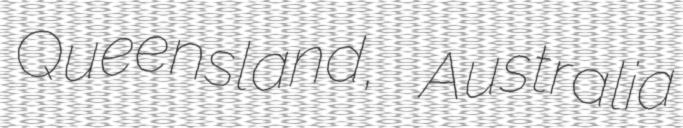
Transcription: Queensland, Australia